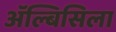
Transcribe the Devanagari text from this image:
ॲल्बिसिला